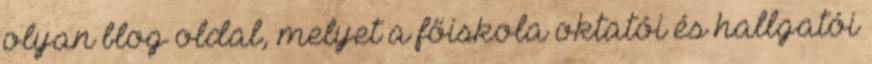
olyan blog oldal, melyet a főiskola oktatói és hallgatói